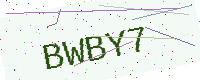
Text: BWBY7